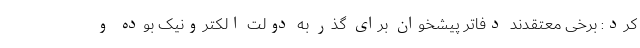
کرد: برخی معتقدند دفاتر پیشخوان برای گذر به دولت الکترونیک بوده و